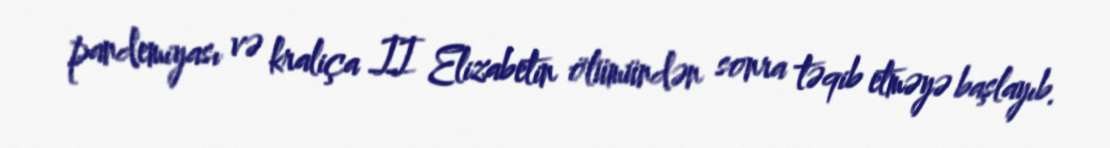
pandemiyası və kraliça II Elizabetin ölümündən sonra təqib etməyə başlayıb.